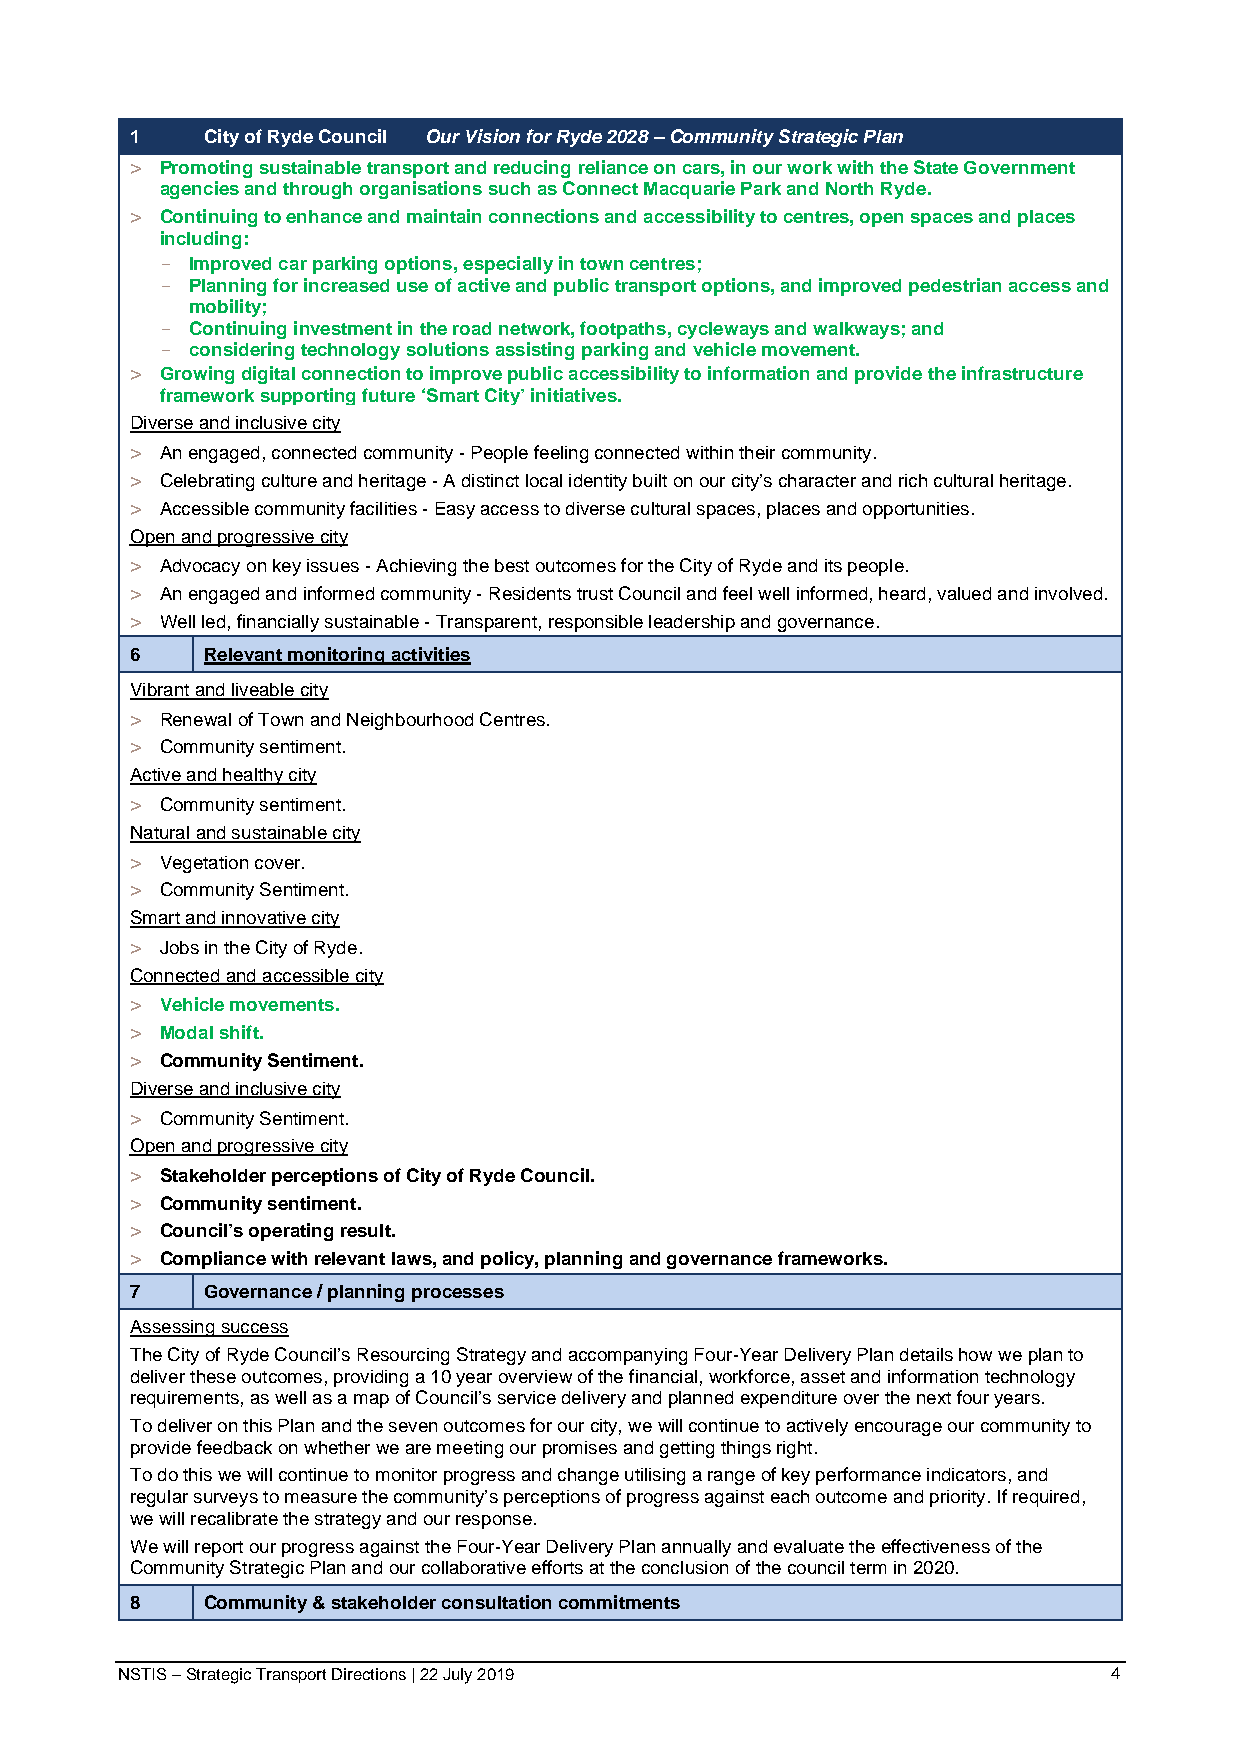
1   City of Ryde Council Our Vision for Ryde 2028 – Community Strategic Plan
 > Promoting sustainable transport and reducing reliance on cars, in our work with the State Government
 agencies and through organisations such as Connect Macquarie Park and North Ryde.
 > Continuing to enhance and maintain connections and accessibility to centres, open spaces and places
 including:
 - Improved car parking options, especially in town centres;
 - Planning for increased use of active and public transport options, and improved pedestrian access and
 mobility;
 - Continuing investment in the road network, footpaths, cycleways and walkways; and
 - considering technology solutions assisting parking and vehicle movement.
 > Growing digital connection to improve public accessibility to information and provide the infrastructure
 framework supporting future ‘Smart City’ initiatives.
 Diverse and inclusive city
 > An engaged, connected community - People feeling connected within their community.
 > Celebrating culture and heritage - A distinct local identity built on our city’s character and rich cultural heritage.
 > Accessible community facilities - Easy access to diverse cultural spaces, places and opportunities.
 Open and progressive city
 > Advocacy on key issues - Achieving the best outcomes for the City of Ryde and its people.
 > An engaged and informed community - Residents trust Council and feel well informed, heard, valued and involved.
 > Well led, financially sustainable - Transparent, responsible leadership and governance.
 6   Relevant monitoring activities
 Vibrant and liveable city
 > Renewal of Town and Neighbourhood Centres.
 > Community sentiment.
 Active and healthy city
 > Community sentiment.
 Natural and sustainable city
 > Vegetation cover.
 > Community Sentiment.
 Smart and innovative city
 > Jobs in the City of Ryde.
 Connected and accessible city
 > Vehicle movements.
 > Modal shift.
 > Community Sentiment.
 Diverse and inclusive city
 > Community Sentiment.
 Open and progressive city
 > Stakeholder perceptions of City of Ryde Council.
 > Community sentiment.
 > Council’s operating result.
 > Compliance with relevant laws, and policy, planning and governance frameworks.
 7   Governance / planning processes
 Assessing success
 The City of Ryde Council’s Resourcing Strategy and accompanying Four-Year Delivery Plan details how we plan to
 deliver these outcomes, providing a 10 year overview of the financial, workforce, asset and information technology
 requirements, as well as a map of Council’s service delivery and planned expenditure over the next four years.
 To deliver on this Plan and the seven outcomes for our city, we will continue to actively encourage our community to
 provide feedback on whether we are meeting our promises and getting things right.
 To do this we will continue to monitor progress and change utilising a range of key performance indicators, and
 regular surveys to measure the community’s perceptions of progress against each outcome and priority. If required,
 we will recalibrate the strategy and our response.
 We will report our progress against the Four-Year Delivery Plan annually and evaluate the effectiveness of the
 Community Strategic Plan and our collaborative efforts at the conclusion of the council term in 2020.
 8   Community & stakeholder consultation commitments
 NSTIS – Strategic Transport Directions | 22 July 2019             4